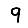
Digit: 9